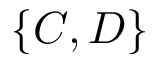
\{ C , D \}